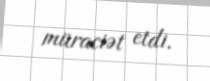
müraciət etdi.